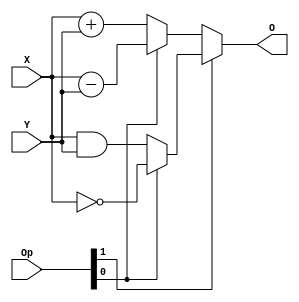
`timescale 1ns / 1ps
//////////////////////////////////////////////////////////////////////////////////
//
// 
// Design Name: 
// Module Name:    ALU 
// Project Name: 
// Target Devices: 
// Tool versions: 
// Description: 
//
// Dependencies: 
//
// Revision: 
// Revision 0.01 - File Created
// Additional Comments: 
//
//////////////////////////////////////////////////////////////////////////////////
module ALU(
    input [3:0] X,
    input [3:0] Y,
    input [1:0] Op,
    output [3:0] O
    );
	 
	 assign O = Op[1] ?
		(Op[0] ?
			~X //Not
			: X & Y)//And
		:(Op[0] ?
			X - Y //Sub
			: X + Y); //Add
			
endmodule